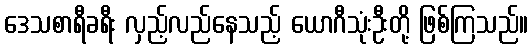
ဒေသစာရီခရီး လှည့်လည်နေသည့် ယောဂီသုံးဦးတို့ ဖြစ်ကြသည်။